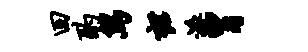
回酌舄裙派胃